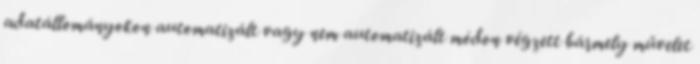
adatállományokon automatizált vagy nem automatizált módon végzett bármely művelet